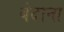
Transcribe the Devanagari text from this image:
बेदाना